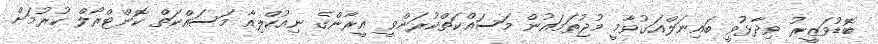
ބޮޑުވަޒީރު ވިދާޅުވީ ބައިނަލްއަގުވާމީ މުޖުތަމައުން މަސައްކަތްކުރަންވީ އީރާންގެ ނިއުކްލިއާ މަސައްކަތް ކޮންޓްރޯލް ކުރުމަށް